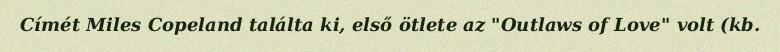
Címét Miles Copeland találta ki, első ötlete az "Outlaws of Love" volt (kb.